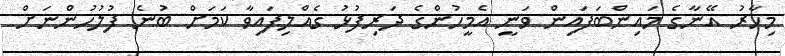
މިހާރު އޭނާގެ މައިންބަފައިން ވަނީ އެމީހުންގެ ދަރިފުޅު ގެއްލިފައިވާ ކަމަށް ބުނެ ފުލުހުންނަށް